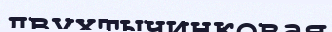
двухтычинковая